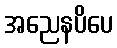
အညေနပိပေ